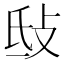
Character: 㪆